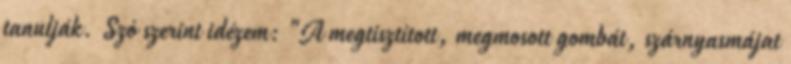
tanulják. Szó szerint idézem: "A megtisztított, megmosott gombát, szárnyasmájat